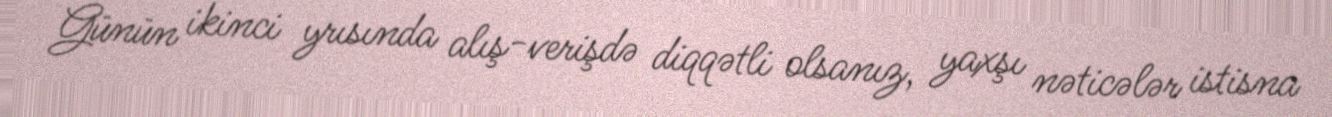
Günün ikinci yrısında alış-verişdə diqqətli olsanız, yaxşı nəticələr istisna